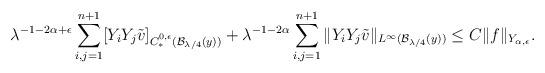
LaTeX: \begin{align*}\lambda^{-1-2\alpha+\epsilon}\sum\limits_{i,j=1}^{n+1}[Y_i Y_j \tilde{v}]_{C^{0,\epsilon}_\ast(\mathcal{B}_{\lambda/4}(y))} + \lambda^{-1-2\alpha}\sum\limits_{i,j=1}^{n+1}\|Y_i Y_j \tilde{v}\|_{L^{\infty}(\mathcal{B}_{\lambda/4}(y))} \leq C\|f\|_{Y_{\alpha,\epsilon}}.\end{align*}